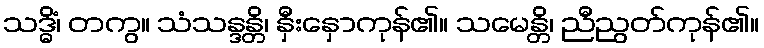
သဒ္ဓိံ၊ တကွ။ သံသန္ဒန္တိ၊ နှီးနှောကုန်၏။ သမေန္တိ၊ ညီညွတ်ကုန်၏။